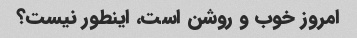
امروز خوب و روشن است، اینطور نیست؟